Report on malaria in the Punjab during the year ...  together with an account of the work of the Punjab Malaria Bureau - Volume 3
Disease focus: Malaria
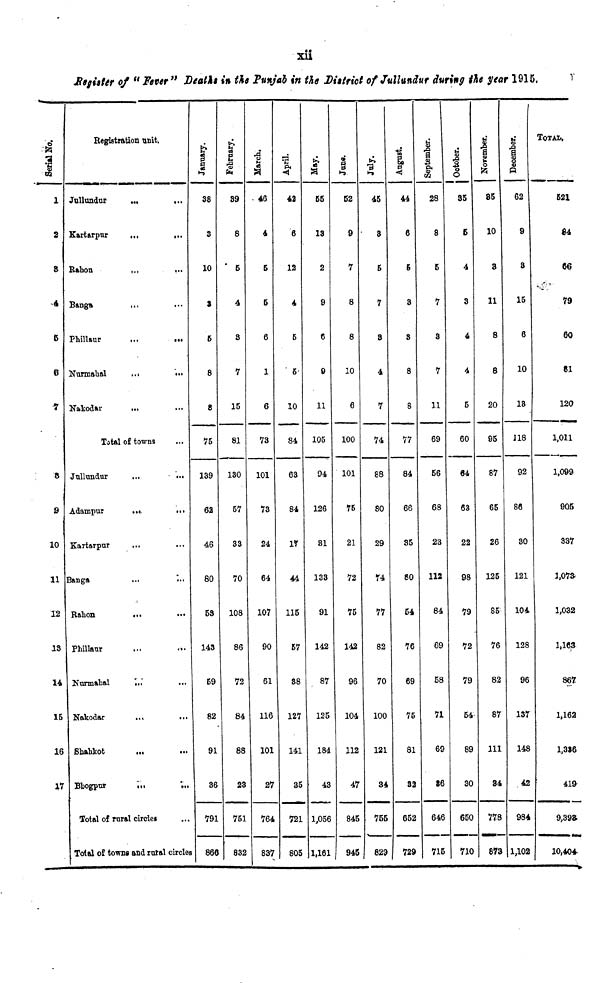
xii
Register of "Fever " Deaths in the Punjab in the District of Jullundur during the year 1915.
Serial No.
1
2
8
4
6
6
•7
8
9
10
11
12
13
14
15
16
17
Registration unit.
Jullundur
...
...
Kartarpur
...
...
Rahon
...
...
Banga
...
Phillaur
...
...
Nurmahal
... ...
Nakodar
Total of towns
Jullundur
...
...
Adampur
...
...
Kartarpur
Banga
Rahon
...
Phillaur
Nurmahal
...
Nakodar
...
...
Shahkot
...
Bhogpur
...
...
Total of rural circles
Total of towns and rural circles
January.
38
3
10
3
5
8
8
75
139
62
46
80
53
143
59
82
91
36
791
866
February.
39
8
5
4
3
7
15
81
130
57
33
70
108
86
72
84
88
23
751
832
March.
46
4
5
5
6
1
6
73
101
73
24
64
107
90
61
116
101
27
764
837
April.
42
6
12
4
5
6
10
84
63
84
17
44
115
57
88
127
141
35
721
805
May.
55
13
2
9
6
9
11
105
94
126
81
133
91
142
87
125
184
43
1,056
1,161
June.
52
9
7
8
8
10
6
100
101
75
21
72
75
142
96
104
112
47
84
94
July.
45
3
5
7
3
4
7
74
88
80
29
74
77
82
70
100
121
3
75
829
August.
44
6
6
3
8
8
8
77
84
66
35
80
54
76
69
75
81
32
652
729
September.
28
8
5
7
3
7
11
69
56
68
23
112
84
69
58
71
69
86
646
715
October.
35
6
4
3
4
4
5
60
64
63
22
98
79
72
79
54
89
30
650
71
November.
85
10
3
11
8
8
20
95
87
65
26
125
85
76
82
87
111
34
778
87
December.
62
9
3
15
6
10
13
118
92
86
30
121
104
128
96
137
148
42
984
1,102
TOTAL.
621
64
66
79
60
81
120
1,011
1,099
905
337
1,073
1,032
1,163
867
1,162
1,336
419
9,393.
10,404